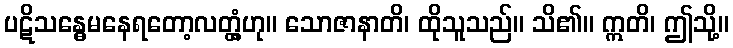
ပဋိသန္ဓေမနေရတော့လတ္တံ့ဟု။ သောဇာနာတိ၊ ထိုသူသည်။ သိ၏။ ဣတိ၊ ဤသို့။